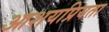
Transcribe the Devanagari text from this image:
आशयप्रियता